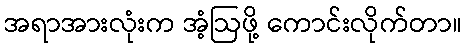
အရာအားလုံးက အံ့ဩဖို့ ကောင်းလိုက်တာ။